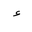
Letter: _hamza